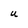
Character: U